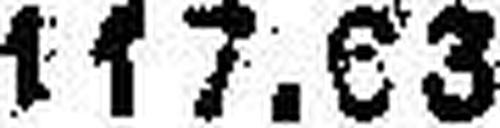
117.03